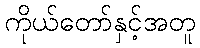
ကိုယ်တော်နှင့်အတူ